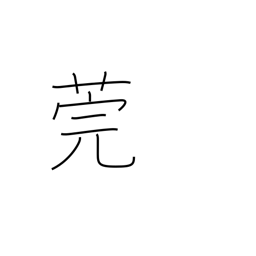
Meaning: reed used to cover tatami